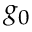
g _ { 0 }